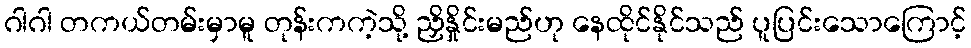
ဂါဂါ တကယ်တမ်းမှာမူ တုန်းကကဲ့သို့ ညှိနှိုင်းမည်ဟု နေထိုင်နိုင်သည် ပူပြင်းသောကြောင့်